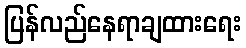
ပြန်လည်နေရာချထားရေး